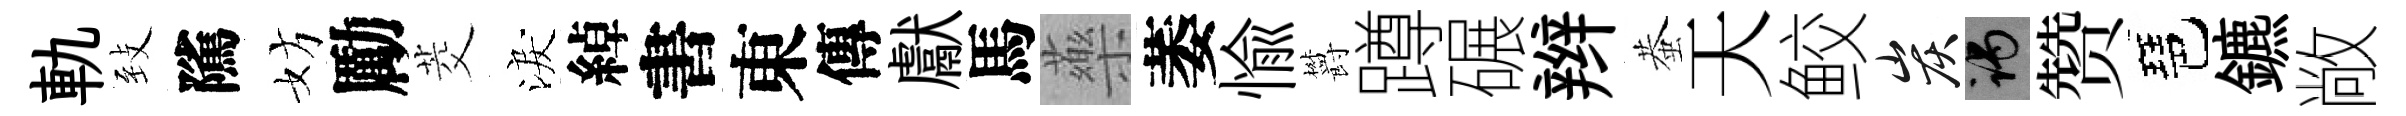
軌𦤺隲妨勵茭淚綽書東傳獻馬藥萎愉欝蹲碾辫蛬天鲛炭谒赞琶鑣敞